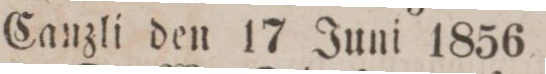
Canzli den 17 Juni 1856